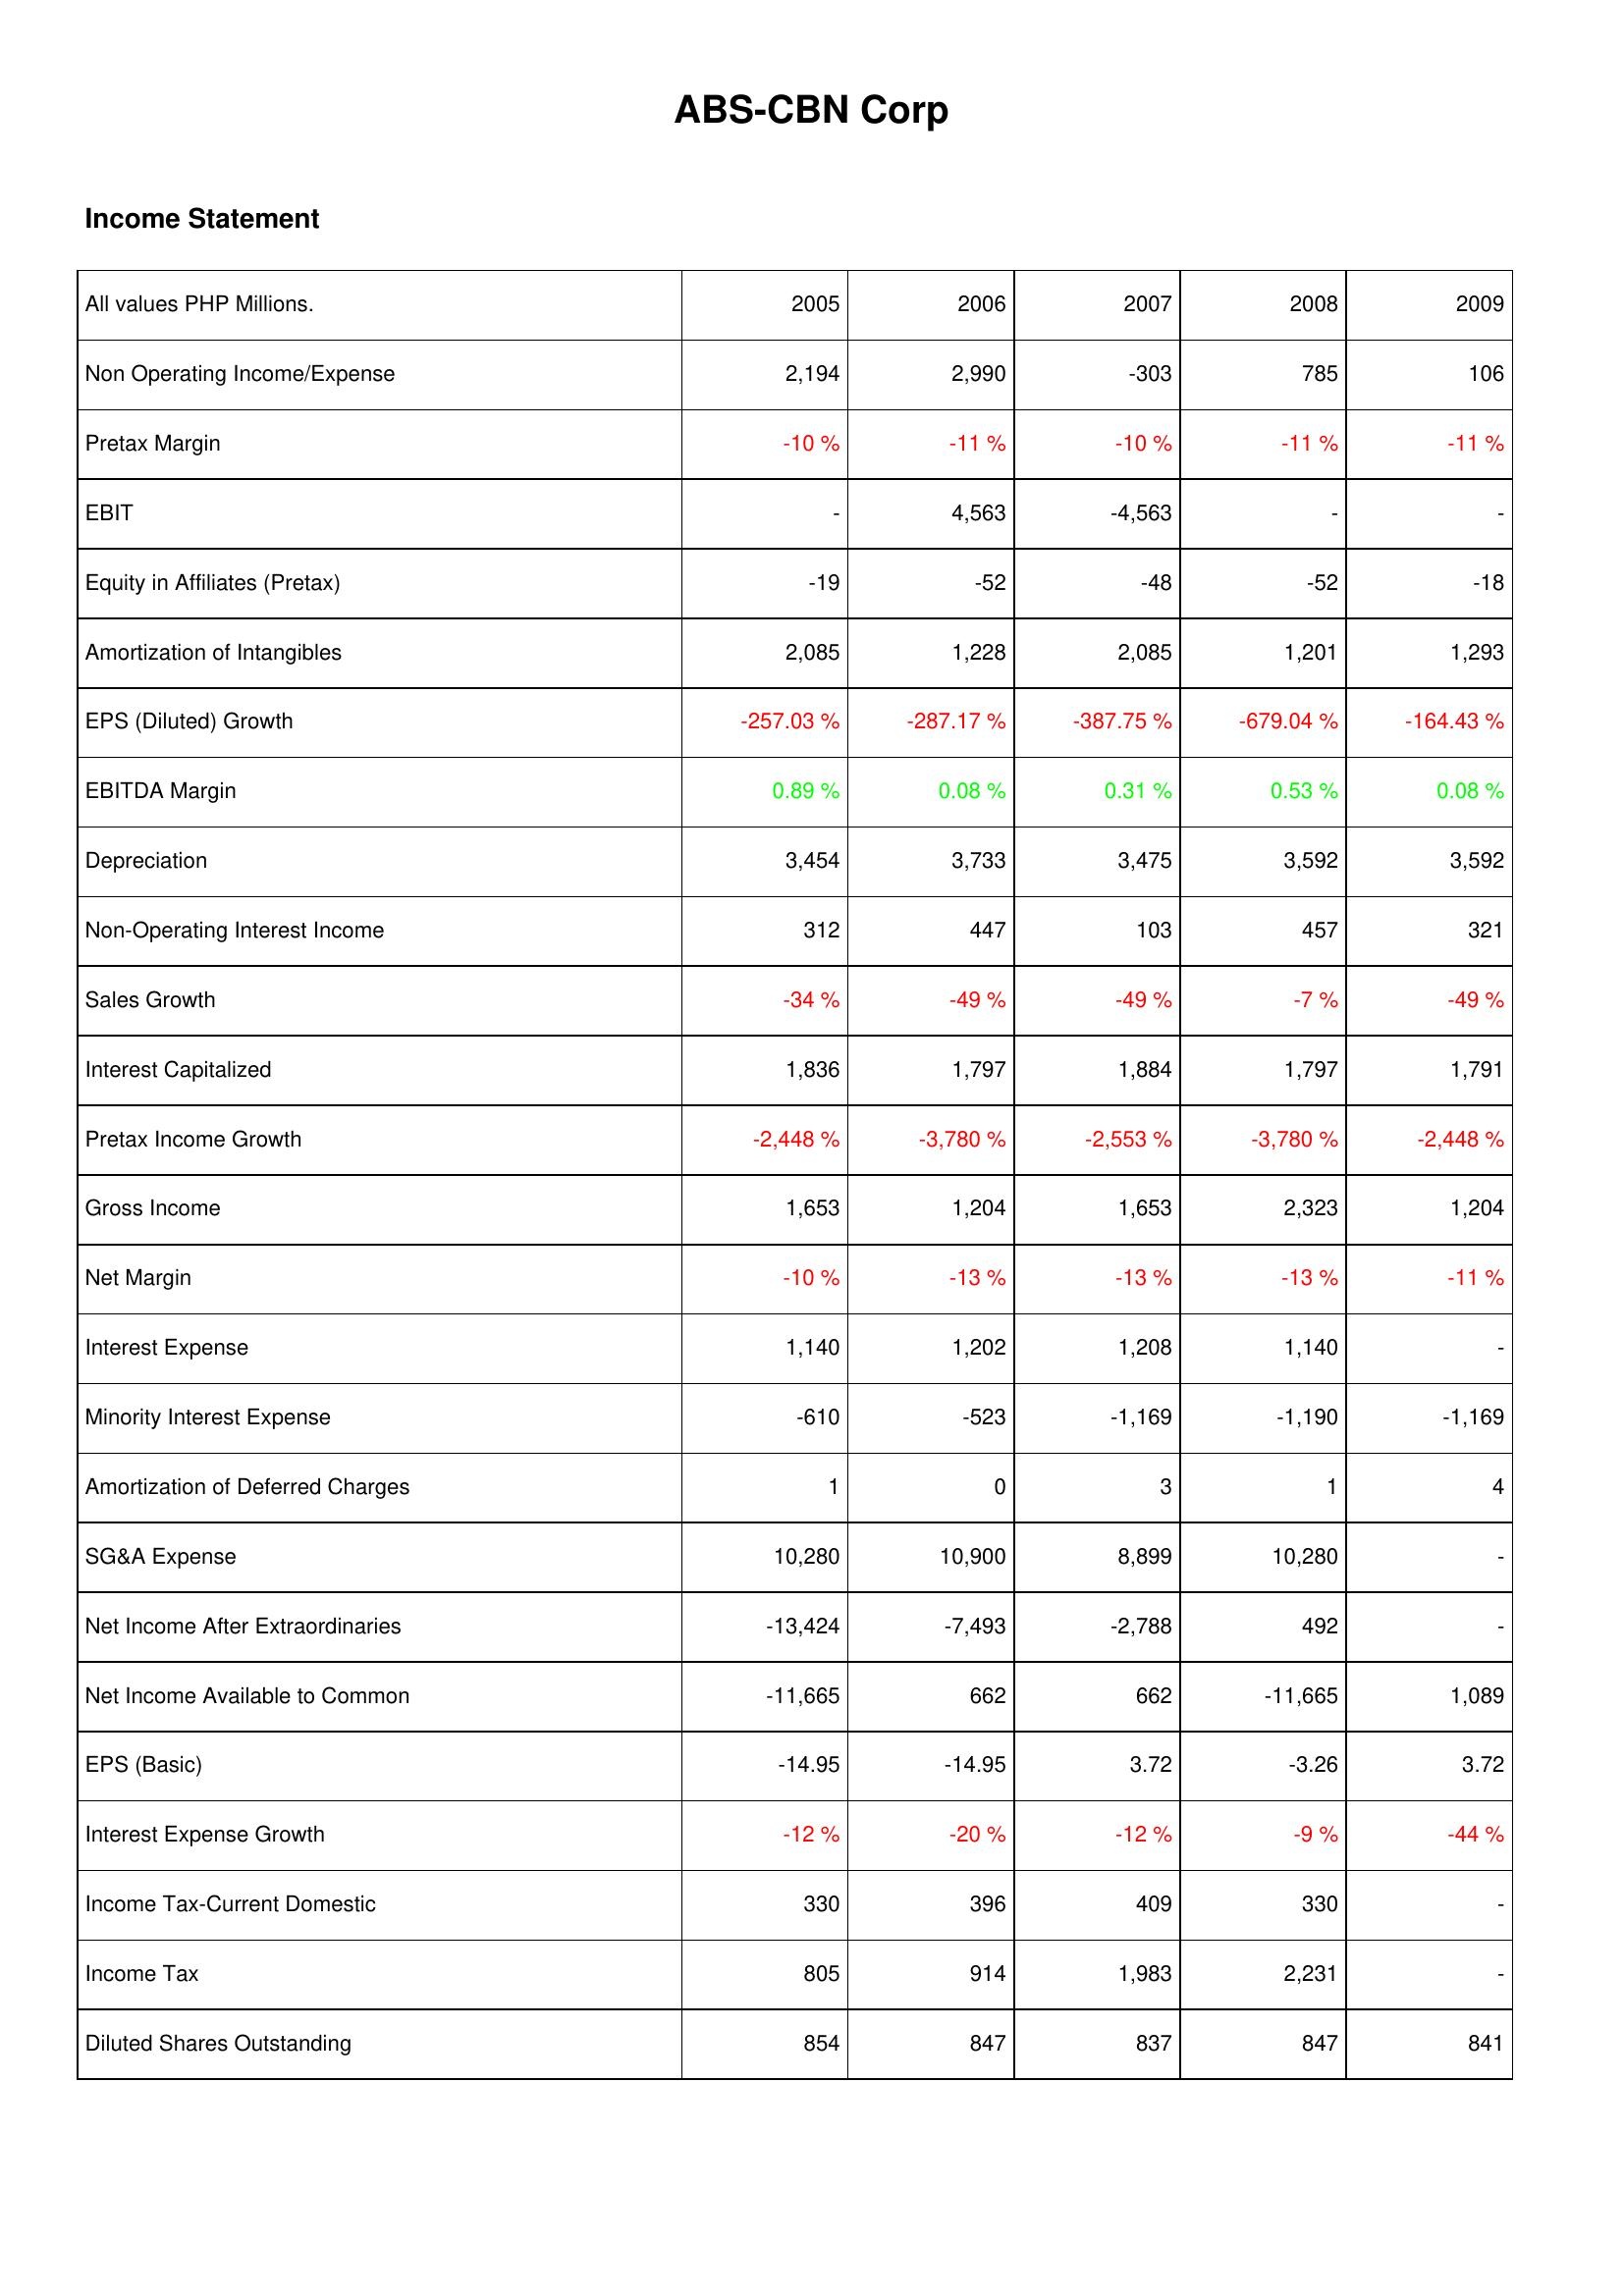
2005: Income Statement: Non Operating Income/Expense: 2,194
Pretax Margin: -10 %
EBIT: -
Equity in Affiliates (Pretax): -19
Amortization of Intangibles: 2,085
EPS (Diluted) Growth: -257.03 %
EBITDA Margin: 0.89 %
Depreciation: 3,454
Non-Operating Interest Income: 312
Sales Growth: -34 %
Interest Capitalized: 1,836
Pretax Income Growth: -2,448 %
Gross Income: 1,653
Net Margin: -10 %
Interest Expense: 1,140
Minority Interest Expense: -610
Amortization of Deferred Charges: 1
SG&A Expense: 10,280
Net Income After Extraordinaries: -13,424
Net Income Available to Common: -11,665
EPS (Basic): -14.95
Interest Expense Growth: -12 %
Income Tax-Current Domestic: 330
Income Tax: 805
Diluted Shares Outstanding: 854
2006: Income Statement: Non Operating Income/Expense: 2,990
Pretax Margin: -11 %
EBIT: 4,563
Equity in Affiliates (Pretax): -52
Amortization of Intangibles: 1,228
EPS (Diluted) Growth: -287.17 %
EBITDA Margin: 0.08 %
Depreciation: 3,733
Non-Operating Interest Income: 447
Sales Growth: -49 %
Interest Capitalized: 1,797
Pretax Income Growth: -3,780 %
Gross Income: 1,204
Net Margin: -13 %
Interest Expense: 1,202
Minority Interest Expense: -523
Amortization of Deferred Charges: 0
SG&A Expense: 10,900
Net Income After Extraordinaries: -7,493
Net Income Available to Common: 662
EPS (Basic): -14.95
Interest Expense Growth: -20 %
Income Tax-Current Domestic: 396
Income Tax: 914
Diluted Shares Outstanding: 847
2007: Income Statement: Non Operating Income/Expense: -303
Pretax Margin: -10 %
EBIT: -4,563
Equity in Affiliates (Pretax): -48
Amortization of Intangibles: 2,085
EPS (Diluted) Growth: -387.75 %
EBITDA Margin: 0.31 %
Depreciation: 3,475
Non-Operating Interest Income: 103
Sales Growth: -49 %
Interest Capitalized: 1,884
Pretax Income Growth: -2,553 %
Gross Income: 1,653
Net Margin: -13 %
Interest Expense: 1,208
Minority Interest Expense: -1,169
Amortization of Deferred Charges: 3
SG&A Expense: 8,899
Net Income After Extraordinaries: -2,788
Net Income Available to Common: 662
EPS (Basic): 3.72
Interest Expense Growth: -12 %
Income Tax-Current Domestic: 409
Income Tax: 1,983
Diluted Shares Outstanding: 837
2008: Income Statement: Non Operating Income/Expense: 785
Pretax Margin: -11 %
EBIT: -
Equity in Affiliates (Pretax): -52
Amortization of Intangibles: 1,201
EPS (Diluted) Growth: -679.04 %
EBITDA Margin: 0.53 %
Depreciation: 3,592
Non-Operating Interest Income: 457
Sales Growth: -7 %
Interest Capitalized: 1,797
Pretax Income Growth: -3,780 %
Gross Income: 2,323
Net Margin: -13 %
Interest Expense: 1,140
Minority Interest Expense: -1,190
Amortization of Deferred Charges: 1
SG&A Expense: 10,280
Net Income After Extraordinaries: 492
Net Income Available to Common: -11,665
EPS (Basic): -3.26
Interest Expense Growth: -9 %
Income Tax-Current Domestic: 330
Income Tax: 2,231
Diluted Shares Outstanding: 847
2009: Income Statement: Non Operating Income/Expense: 106
Pretax Margin: -11 %
EBIT: -
Equity in Affiliates (Pretax): -18
Amortization of Intangibles: 1,293
EPS (Diluted) Growth: -164.43 %
EBITDA Margin: 0.08 %
Depreciation: 3,592
Non-Operating Interest Income: 321
Sales Growth: -49 %
Interest Capitalized: 1,791
Pretax Income Growth: -2,448 %
Gross Income: 1,204
Net Margin: -11 %
Interest Expense: -
Minority Interest Expense: -1,169
Amortization of Deferred Charges: 4
SG&A Expense: -
Net Income After Extraordinaries: -
Net Income Available to Common: 1,089
EPS (Basic): 3.72
Interest Expense Growth: -44 %
Income Tax-Current Domestic: -
Income Tax: -
Diluted Shares Outstanding: 841